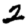
Digit: 2